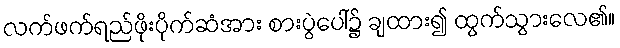
လက်ဖက်ရည်ဖိုးပိုက်ဆံအား စားပွဲပေါ်၌ ချထား၍ ထွက်သွားလေ၏။